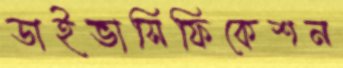
ডাইভাসিফিকেশন